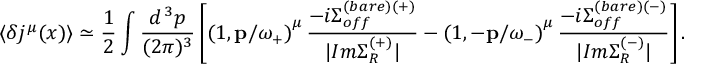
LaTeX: \langle \delta j ^ { \mu } ( x ) \rangle \simeq \frac { 1 } { 2 } \int \frac { d ^ { \, 3 } p } { ( 2 \pi ) ^ { 3 } } \left[ \left( 1 , { \bf p } / \omega _ { + } \right) ^ { \mu } \frac { - i \Sigma _ { o f f } ^ { ( b a r e ) ( + ) } } { | I m \Sigma _ { R } ^ { ( + ) } | } - \left( 1 , - { \bf p } / \omega _ { - } \right) ^ { \mu } \frac { - i \Sigma _ { o f f } ^ { ( b a r e ) ( - ) } } { | I m \Sigma _ { R } ^ { ( - ) } | } \right] .